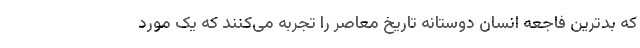
که بدترین فاجعه انسان دوستانه تاریخ معاصر را تجربه می‌کنند که یک مورد